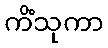
ကိံသုကာ